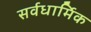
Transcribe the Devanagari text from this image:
सर्वधार्मिक